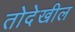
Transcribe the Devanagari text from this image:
तोदेखील